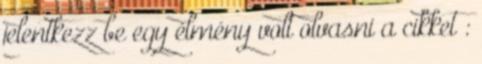
jelentkezz be egy élmény volt olvasni a cikket :